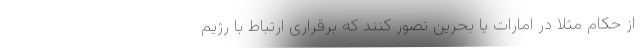
از حکام مثلا در امارات یا بحرین تصور کنند که برقراری ارتباط با رژیم